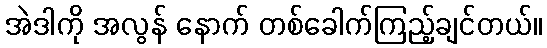
အဲဒါကို အလွန် နောက် တစ်ခေါက်ကြည့်ချင်တယ်။